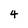
Character: 4